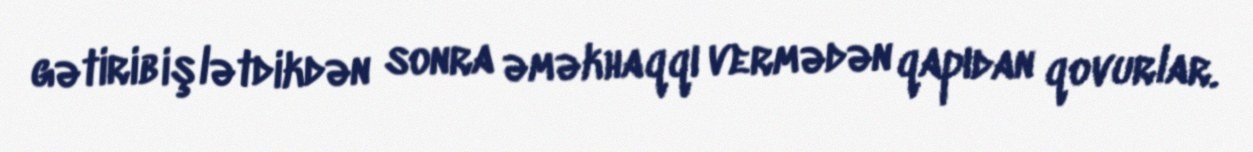
gətirib işlətdikdən sonra əməkhaqqı vermədən qapıdan qovurlar.